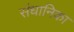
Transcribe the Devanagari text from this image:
संधानिका